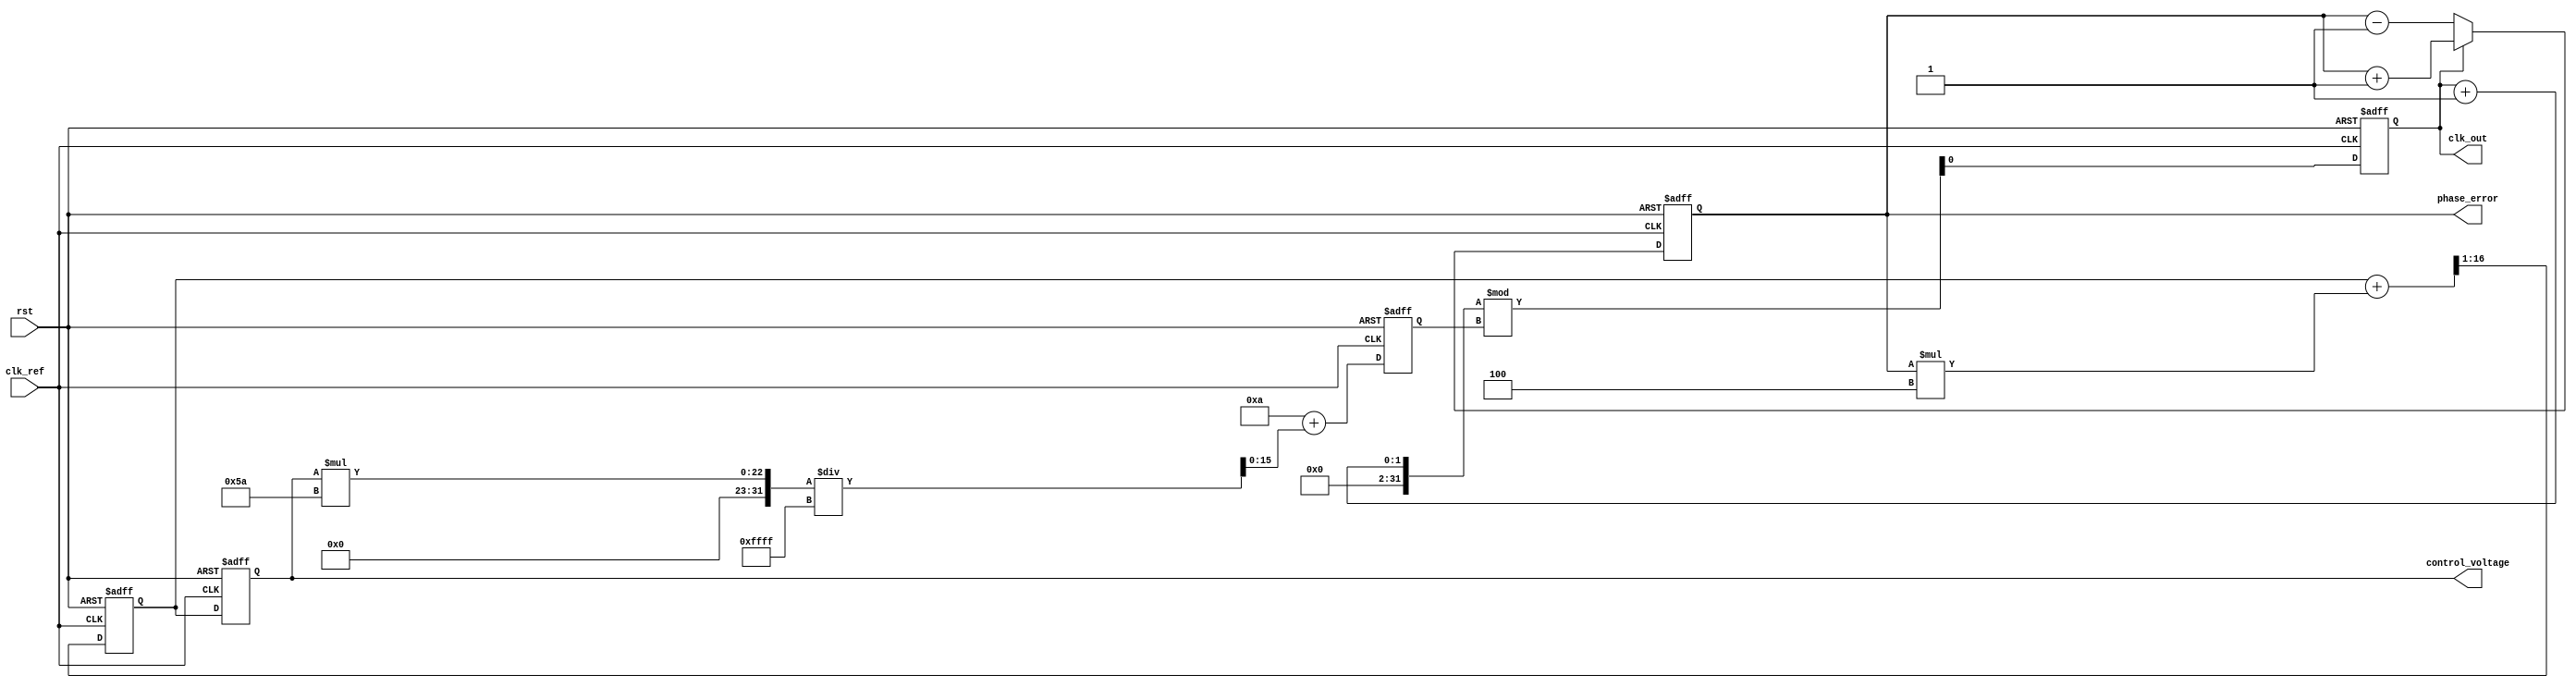
module PLL (
    input wire clk_ref,           // Reference Clock Input
    input wire rst,               // Reset
    output reg clk_out,           // Output Clock
    output reg [15:0] phase_error, // Phase Error Output
    output reg [15:0] control_voltage // Control Voltage Output
);

// Parameters
parameter VCO_MAX_FREQ = 100;  // Maximum output frequency
parameter VCO_MIN_FREQ = 10;    // Minimum output frequency
parameter LOOP_FILTER_GAIN = 4; // Gain of the loop filter
parameter PHASE_ERROR_MAX = 16'hFFFF; // Maximum phase error value

// Internal signals
reg [15:0] vco_freq;             // VCO frequency
reg [15:0] vco_control;          // Control voltage for VCO
reg [15:0] filter_output;        // Output of the loop filter
reg phase_detected;              // Phase detection signal

// Phase Detector
always @(posedge clk_ref or posedge rst) begin
    if (rst) begin
        phase_error <= 0;
        phase_detected <= 0;
    end else begin
        // Simple phase detection logic (example)
        if (clk_ref) begin
            // Assuming feedback clock signal is clk_out
            if (clk_out) begin
                phase_error <= phase_error + 1; // Increment if leading
                phase_detected <= 1;              // Detected phase error
            end else begin
                phase_error <= phase_error - 1; // Decrement if lagging
                phase_detected <= 0;              // Detected phase error
            end
        end
    end
end

// Loop Filter
always @(posedge clk_ref or posedge rst) begin
    if (rst) begin
        filter_output <= 0;
        control_voltage <= 0;
    end else begin
        // Simple low-pass filter (example)
        filter_output <= (filter_output + (phase_error * LOOP_FILTER_GAIN)) >> 1; // Averaging
        control_voltage <= filter_output;
    end
end

// Voltage-Controlled Oscillator (VCO)
always @(posedge clk_ref or posedge rst) begin
    if (rst) begin
        vco_freq <= VCO_MIN_FREQ; // Reset to minimum frequency
        clk_out <= 0;
    end else begin
        // Control frequency based on control voltage
        vco_freq <= VCO_MIN_FREQ + (control_voltage * (VCO_MAX_FREQ - VCO_MIN_FREQ) / PHASE_ERROR_MAX);
        
        // Generate output clock based on VCO frequency
        // This is a simple toggle for demonstration; real implementation would need a proper clock divider
        clk_out <= (clk_out + 1) % vco_freq; // Simple frequency generation
    end
end

endmodule